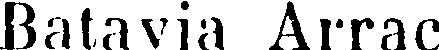
Batavia Arrac